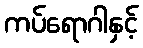
ကပ်ရောဂါနှင့်